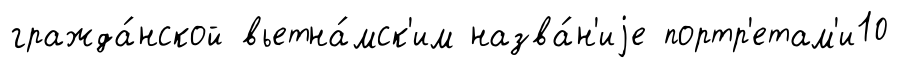
гражда́нской вьетна́мск'им назва́н'иjе портр'етам'и10